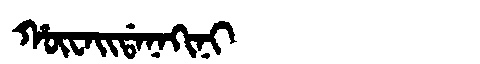
Manchu: ᡥᡡᠸᠠᡳᡩᠠᠨᠠᡴᡳᠨᡳ
Romanization: HŪWAIDANAKINI